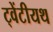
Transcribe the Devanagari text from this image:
ट्वेंटीयथ